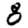
Digit: 8